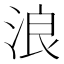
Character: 浪